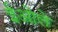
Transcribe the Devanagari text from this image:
ईओले